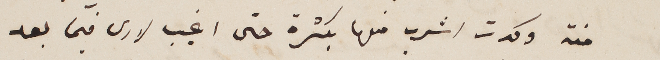
منة وكدت اشرب منها بكثرة حتى اغيب لارى فيما بعد